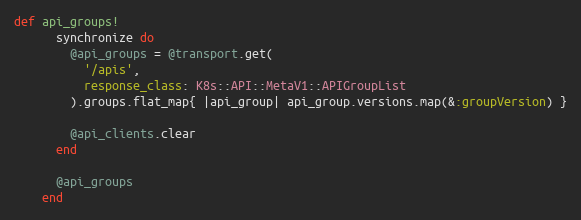
Language: Ruby
def api_groups!
      synchronize do
        @api_groups = @transport.get(
          '/apis',
          response_class: K8s::API::MetaV1::APIGroupList
        ).groups.flat_map{ |api_group| api_group.versions.map(&:groupVersion) }

        @api_clients.clear
      end

      @api_groups
    end